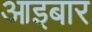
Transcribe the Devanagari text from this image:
आइबार